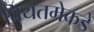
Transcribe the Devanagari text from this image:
प्रियतमेकडे